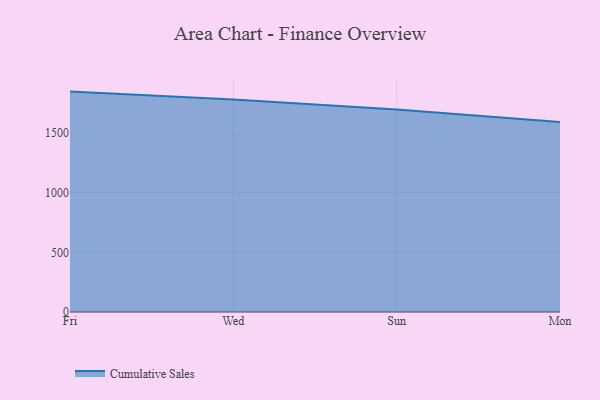
{"axis": {"x": "Day", "y": "Latency (ms)"}, "legend": ["Cumulative Sales"], "data": [{"x": "Fri", "y": 1846.2, "type": "Cumulative Sales"}, {"x": "Wed", "y": 1780.4, "type": "Cumulative Sales"}, {"x": "Sun", "y": 1696.7, "type": "Cumulative Sales"}, {"x": "Mon", "y": 1592.3, "type": "Cumulative Sales"}]}